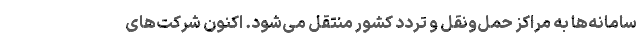
سامانه‌ها به مراکز حمل‌ونقل و تردد کشور منتقل می‌شود. اکنون شرکت‌های